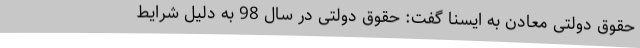
حقوق دولتی معادن به ایسنا گفت: حقوق دولتی در سال 98 به دلیل شرایط